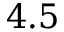
4 . 5